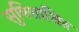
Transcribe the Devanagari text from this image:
सुविशाखित